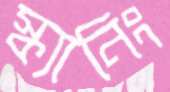
স্ক্যানিং